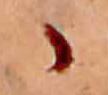
ゝ